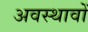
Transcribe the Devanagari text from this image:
अवस्थावों